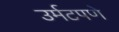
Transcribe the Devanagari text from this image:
उर्मटपणे